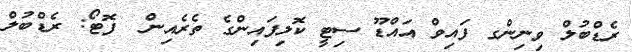
ރެޑްބުލް ވިނިންގ ފައިވް އައްޑޫ ސިޓީ ކޮލިފައިންގެ ތެރެއިން  ފޮޓޯ: ރެޑްބުލް